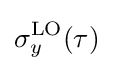
\sigma _{y}^{\rm {LO}}(\tau )